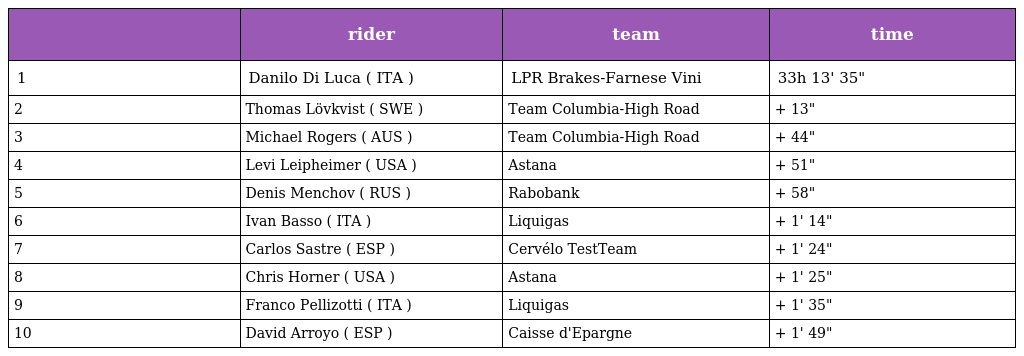
|  | rider | team | time |
 | --- | --- | --- | --- |
 | 1 | Danilo Di Luca ( ITA ) | LPR Brakes-Farnese Vini | 33h 13' 35" |
 | 2 | Thomas Lövkvist ( SWE ) | Team Columbia-High Road | + 13" |
 | 3 | Michael Rogers ( AUS ) | Team Columbia-High Road | + 44" |
 | 4 | Levi Leipheimer ( USA ) | Astana | + 51" |
 | 5 | Denis Menchov ( RUS ) | Rabobank | + 58" |
 | 6 | Ivan Basso ( ITA ) | Liquigas | + 1' 14" |
 | 7 | Carlos Sastre ( ESP ) | Cervélo TestTeam | + 1' 24" |
 | 8 | Chris Horner ( USA ) | Astana | + 1' 25" |
 | 9 | Franco Pellizotti ( ITA ) | Liquigas | + 1' 35" |
 | 10 | David Arroyo ( ESP ) | Caisse d'Epargne | + 1' 49" |